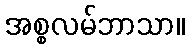
အစ္စလမ်ဘာသာ။